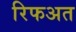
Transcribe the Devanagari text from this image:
रिफअत